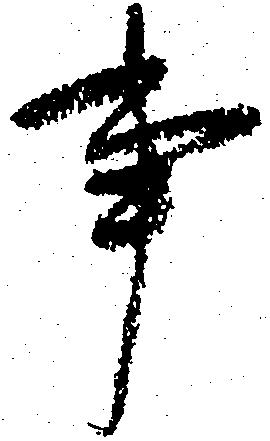
事